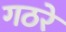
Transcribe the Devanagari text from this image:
गठरे